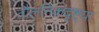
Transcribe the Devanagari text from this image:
तौलनिकदृष्ट्या